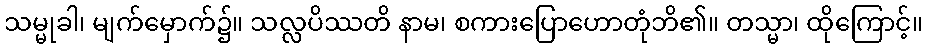
သမ္မုခါ၊ မျက်မှောက်၌။ သလ္လပိဿတိ နာမ၊ စကားပြောဟောတုံဘိ၏။ တသ္မာ၊ ထိုကြောင့်။